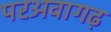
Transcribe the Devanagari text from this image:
परअवागढ़